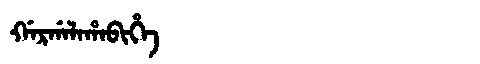
Manchu: ᡤᠠᡵᡤᠠᠯᠠᡥᠠᠪᡳᡥᡝ
Romanization: GARGALAHABIHE